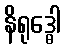
နိရုဒ္ဓေါ